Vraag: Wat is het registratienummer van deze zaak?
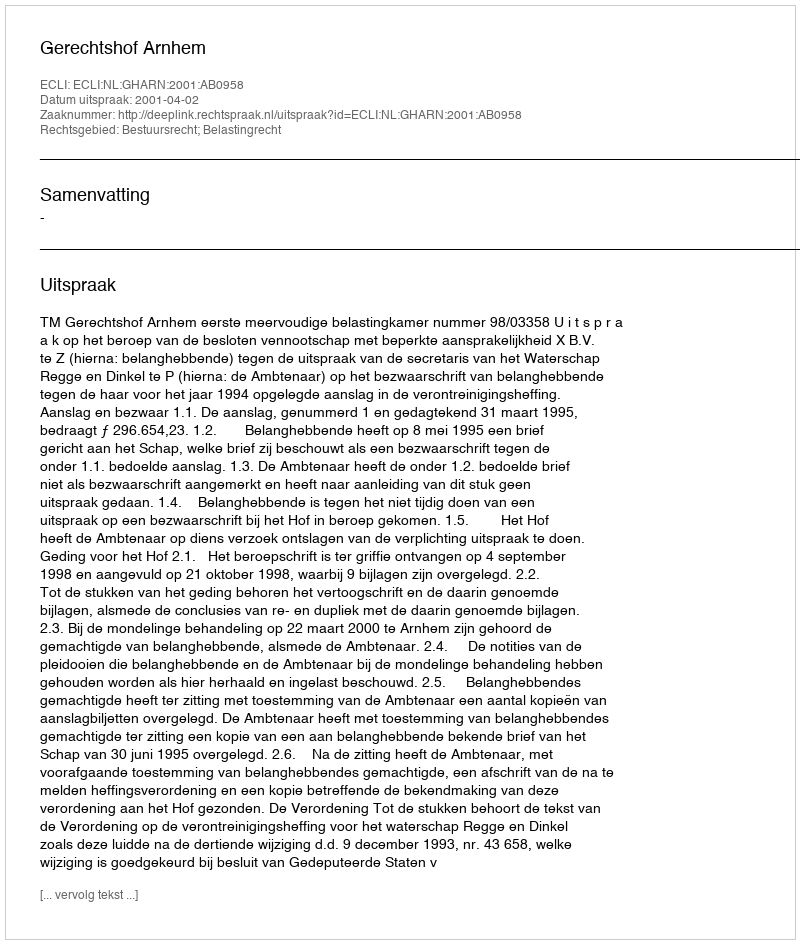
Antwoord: http://deeplink.rechtspraak.nl/uitspraak?id=ECLI:NL:GHARN:2001:AB0958